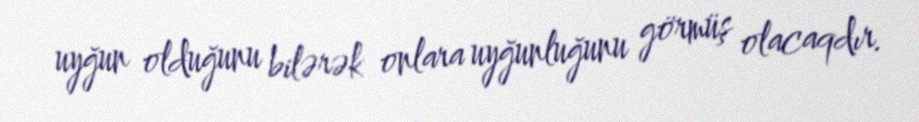
uyğun olduğunu bilərək onlara uyğunluğunu görmüş olacaqdır.